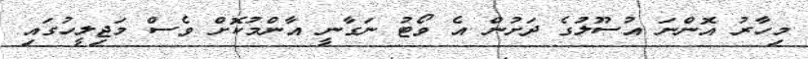
މިހާރު އޮންނަ އުސޫލުގެ ދަށުން އެ ވޯޓު ނަގާނީ އާންމުކޮށް ވެސް މަޖިލީހުގައި